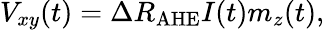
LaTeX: V_{xy}(t)=\Delta R_{\mathrm{AHE}}I(t)m_{z}(t),